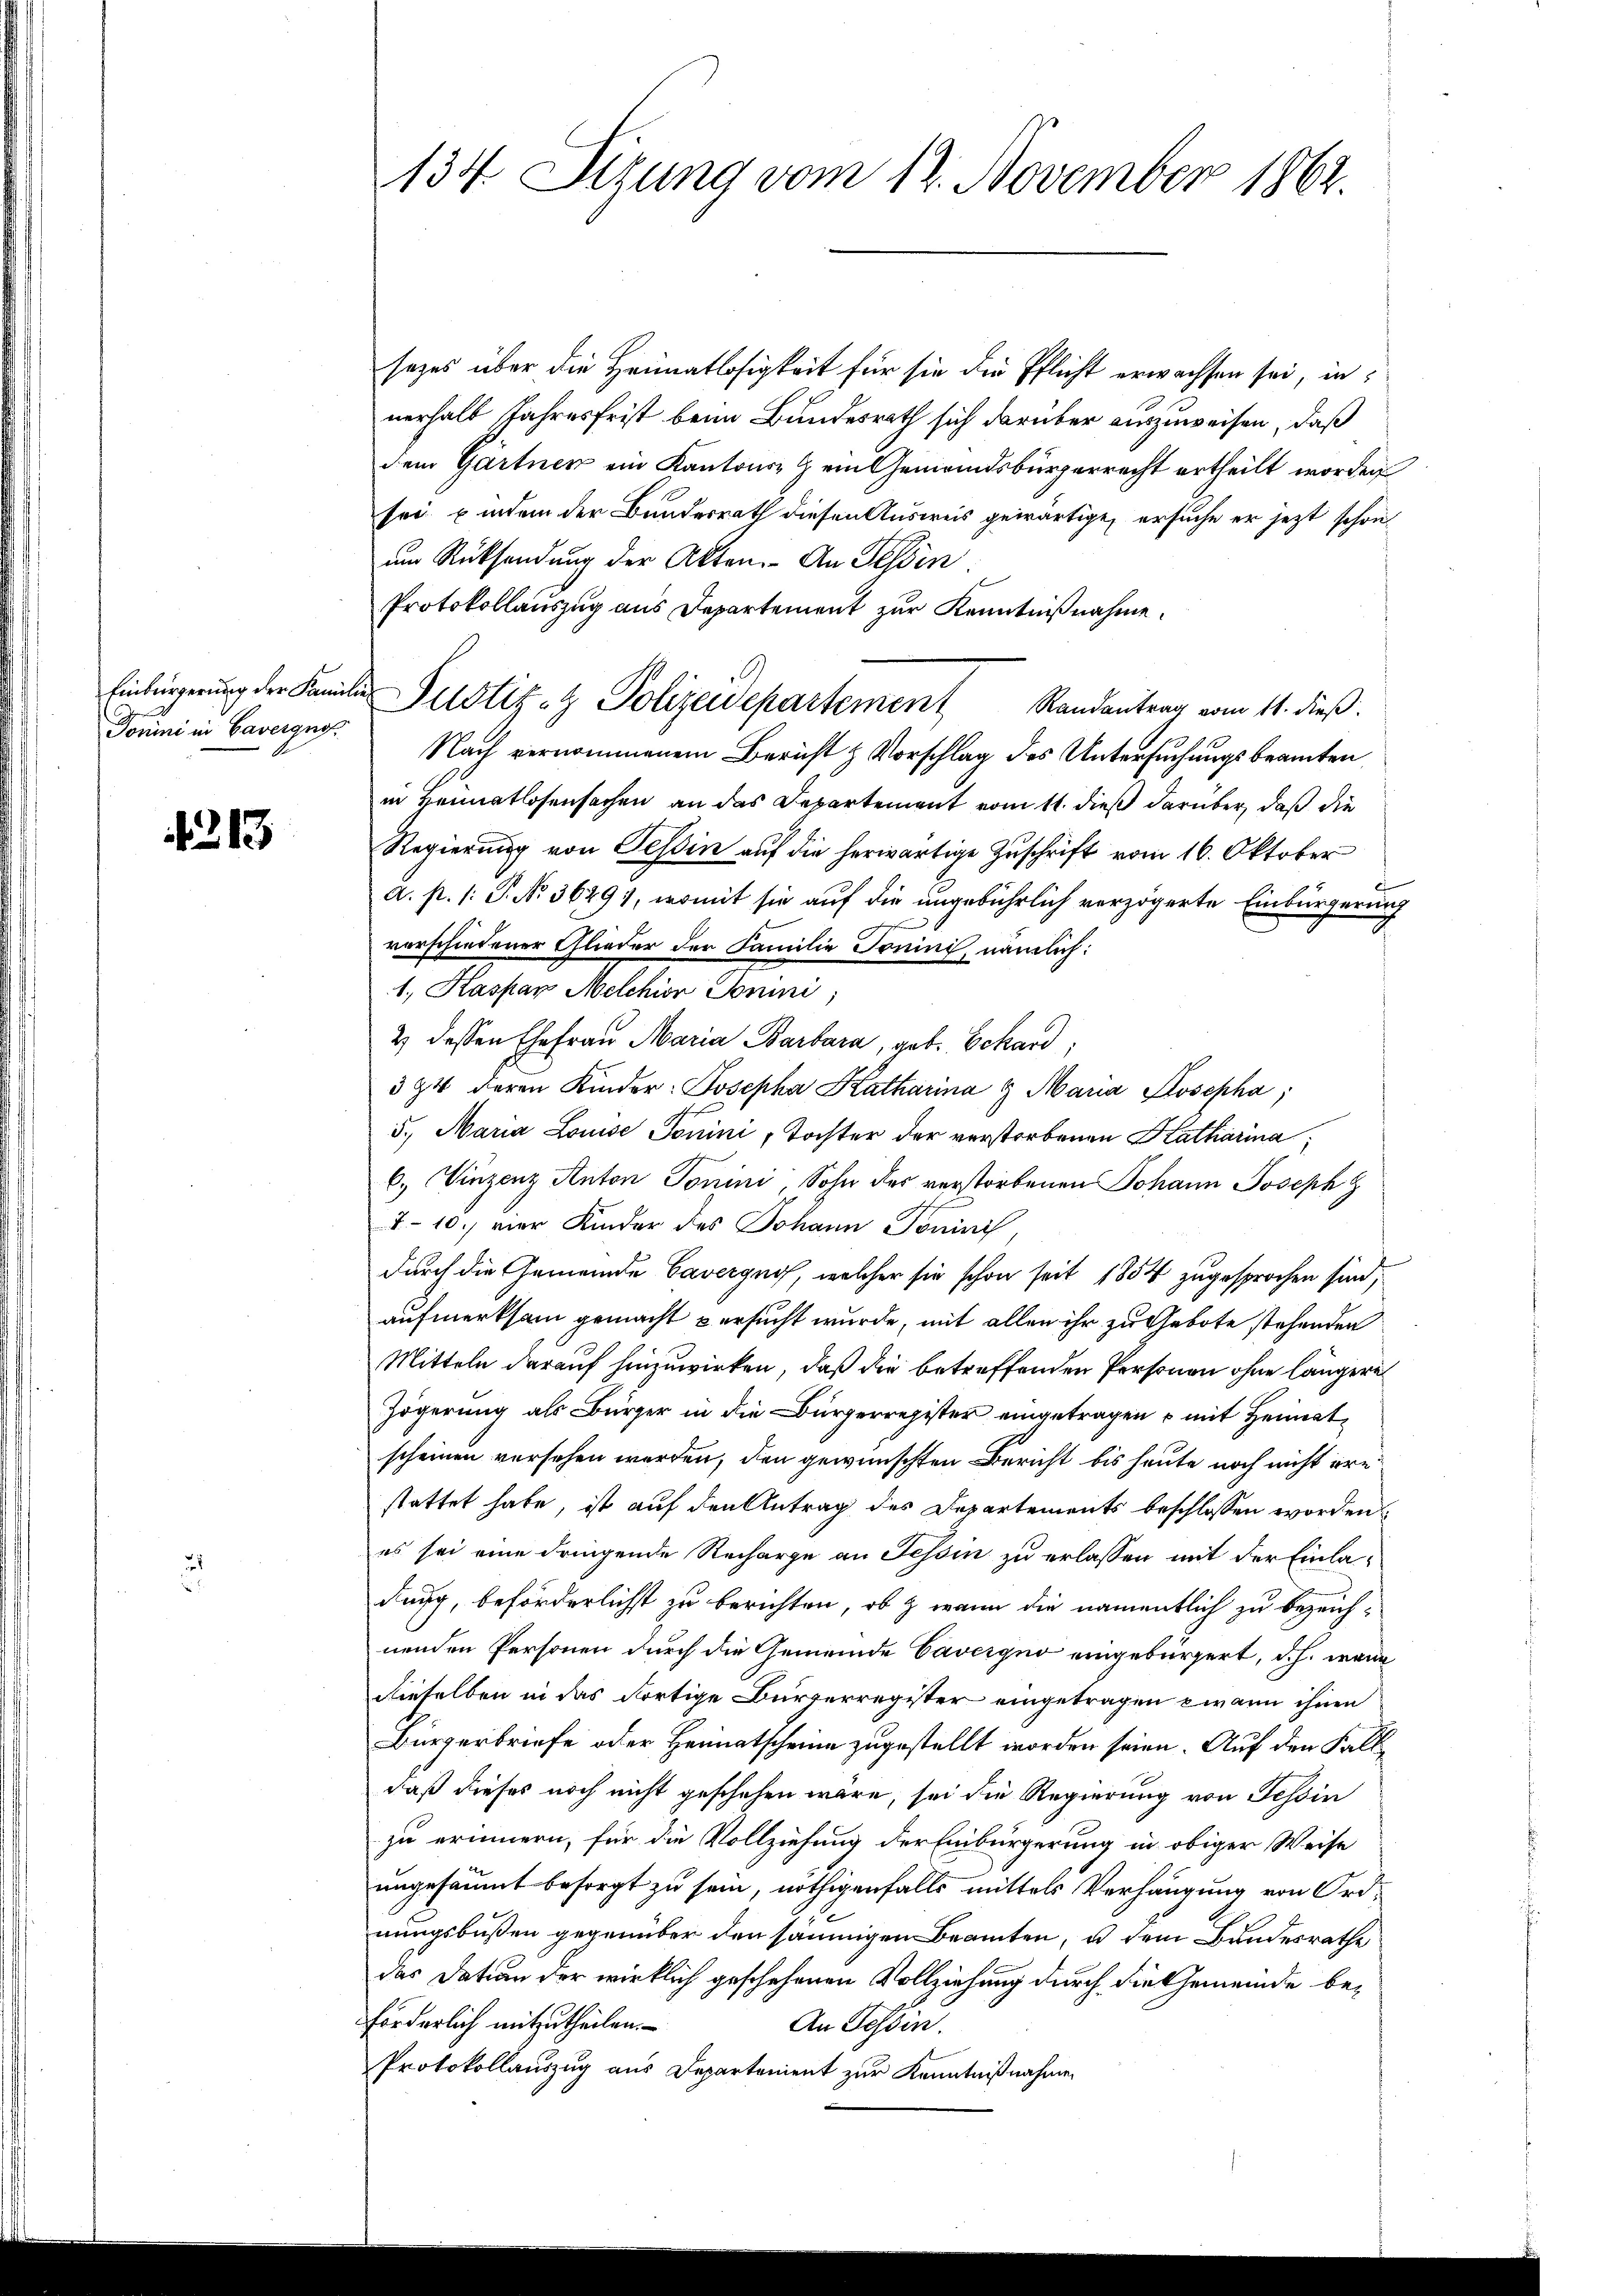
Tomini in Cavergno

4213

134 Sizung vom 12. November 1862.

sezes über die Heimatlosigkeit für sie die Pflicht erwachsen sei, innerhalb Jahresfrist beim Bundesrath sich darüber auszuweisen, daß
dem Gärtner ein Kantons ein Gemeindsbürgerrecht ertheilt worden
sei findem der Bundesrath diesen Ausweis gewärtige, ersuche er jezt schon
um Rücksendung der Akten. An Tessin.
Protokollauszug aus Departement zur Kenntnißnahme.
Nach vernommenem Bericht & Vorschlag des Untersuchungsbeamten
in Heimatlosensachen an das Departement vom 11. dieß darüber, daß die
Regierung von Tessin auf die herwärtige Zuschrift vom 16. Oktober
a. p. 1: P. No. 36291, womit sie auf die ungebührlich verzögerte Einbürgerung
verschiedener Glieder der Familie Tonini, nämlich:
1., Kaspar Melchior Domini;
2) dessen Ehefrau Maria Barbara, geb. Schard,
594 deren Kinder: Josepha Katharina & Maria Josepha,
5., Maria Louise Tonini, Tochter der verstorbenen Katharina,
6., Vinzenz Anton Tonini, Sohn des verstorbenen Johann Joseph H
7-10.) vier Kinder des Johann Tominis
durch die Gemeinde Cavergno, welcher sie schon seit 1854 zugesprochen sind,
aufmerksam gemacht versucht wurde, mit allen ihr zu Gebote stehenden
Mitteln darauf hinzuwirken, daß die betreffenden Personen ohne längere
Zögerung als Bürger in die Bürgerregister eingetragen u mit Heimatscheinen versehen werden, den gewünschten Bericht bis heute noch nicht erstattet habe, ist auf den Antrag des Departements beschlossen worden
es sei eine dringende Recharge an Tessin zu erlassen mit der Einladung, beförderlichst zu berichten, ob & wenn die namentlich zu bezeichnenden Personen durch die Gemeinde Cavergno eingebürgert, d.h. wenn
dieselben in das dortige Bürgerregister eingetragen wann ihnen
Bürzerbriefe oder Heimatscheine zugestellt worden seien. Auf den Falldaß dieses noch nicht geschehen wäre, sei die Regierung von Tessin
zu erinnern, für die Vollziehung der Einbürgerung in obiger Weise
ungesäumt besorgt zu sein, nöthigenfalls mittels Verhängung von Ordnungsbußen gegenüber den saumigen Beamten, u dem Bundesrathe
das Dation der wirklich geschehenen Vollziehung durch die Gemeinde beförderlich mitzutheilen.
An Tessin.
Protokollauszug aus Departonient zur Kenntnißnahmen

Einbürgerung der Familie Justiz- & Polizeidepartement Randantrag vom 11. dieß.